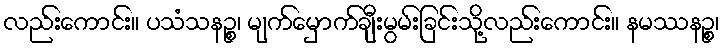
လည်းကောင်း။ ပသံသနဉ္စ၊ မျက်မှောက်ချီးမွမ်းခြင်းသို့လည်းကောင်း။ နမဿနဉ္စ၊